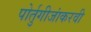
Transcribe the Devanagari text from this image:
पोर्तुगीजांकरवी